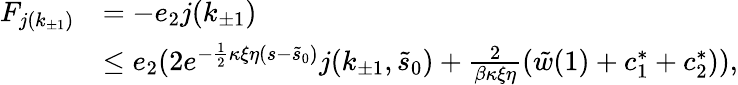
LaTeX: \begin{array}{rl}{F_{j(k_{\pm 1})}}&{=-e_{2}j(k_{\pm 1})}\\ &{\le e_{2}(2e^{-\frac 12\kappa\xi\eta(s-\tilde{s}_{0})}j(k_{\pm 1},\tilde{s}_{0})+\frac 2{\beta\kappa\xi\eta}(\tilde{w}(1)+c_{1}^{\ast}+c_{2}^{\ast})),}\end{array}